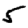
Digit: 5